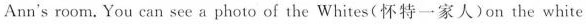
Ann's room. You can see a photo of the Whites(怀特一家人)on the white